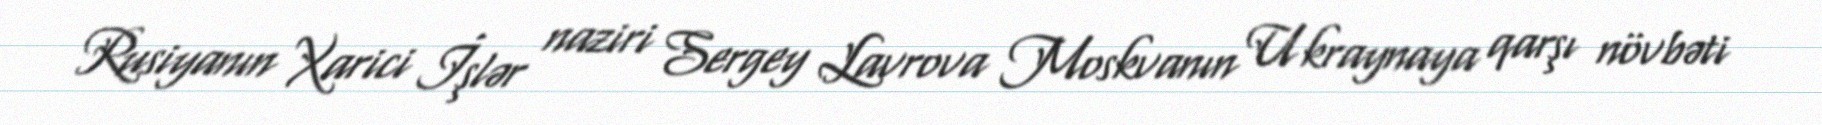
Rusiyanın Xarici İşlər naziri Sergey Lavrova Moskvanın Ukraynaya qarşı növbəti